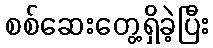
စစ်ဆေးတွေ့ရှိခဲ့ပြီး